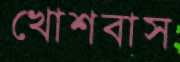
খোশবাস